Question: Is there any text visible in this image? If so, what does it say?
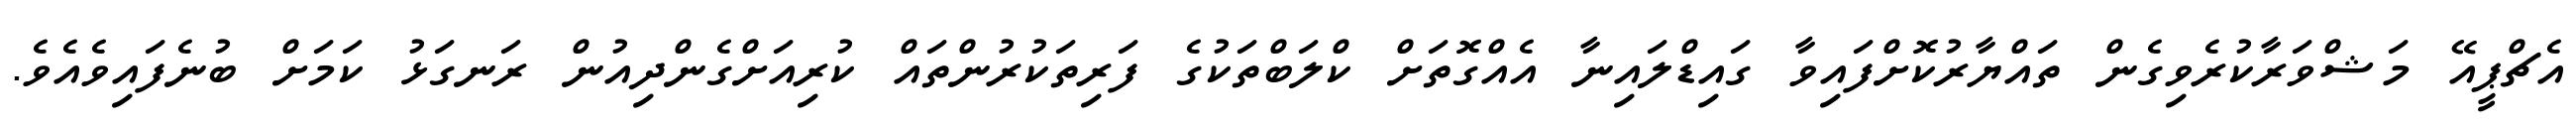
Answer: އެޗްޕީއޭ މަޝްވަރާކުރެވިގެން ތައްޔާރުކޮށްފައިވާ ގައިޑްލައިނާ އެއްގޮތަށް ކްލަބްތަކުގެ ފަރިތަކުރުންތައް ކުރިއަށްގެންދިއުން ރަނގަޅު ކަމަށް ބުނެފައިވެއެވެ.